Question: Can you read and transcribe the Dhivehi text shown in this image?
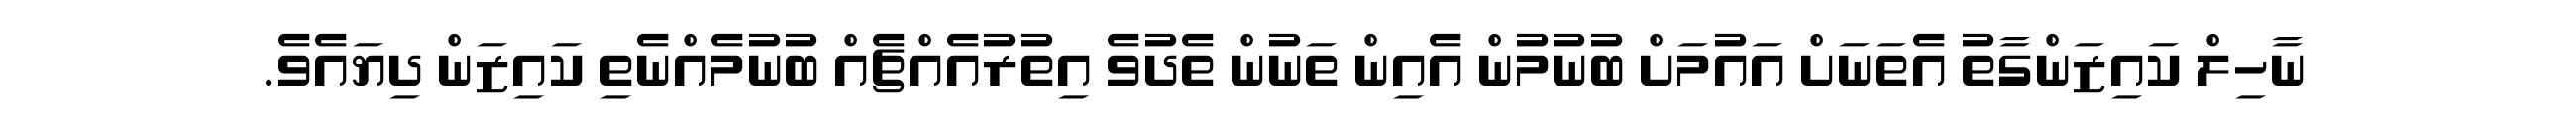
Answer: ނާހިލް ކައިޒަންގާތު އެތަނަށް އައުމަށް ބުނުމުން އެއިން ތަނުން ތެދުވެ އިތުރުއެއްޗެއް ބުނުމެއްނެތި ކައިޒަން ދިޔައެވެ.